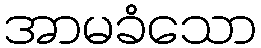
အာမခံသော